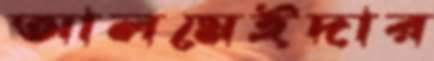
আলমেইদার